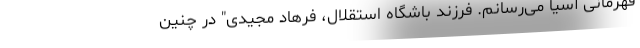
قهرمانی آسیا می‌رسانم. فرزند باشگاه استقلال، فرهاد مجیدی" در چنین